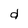
Character: d